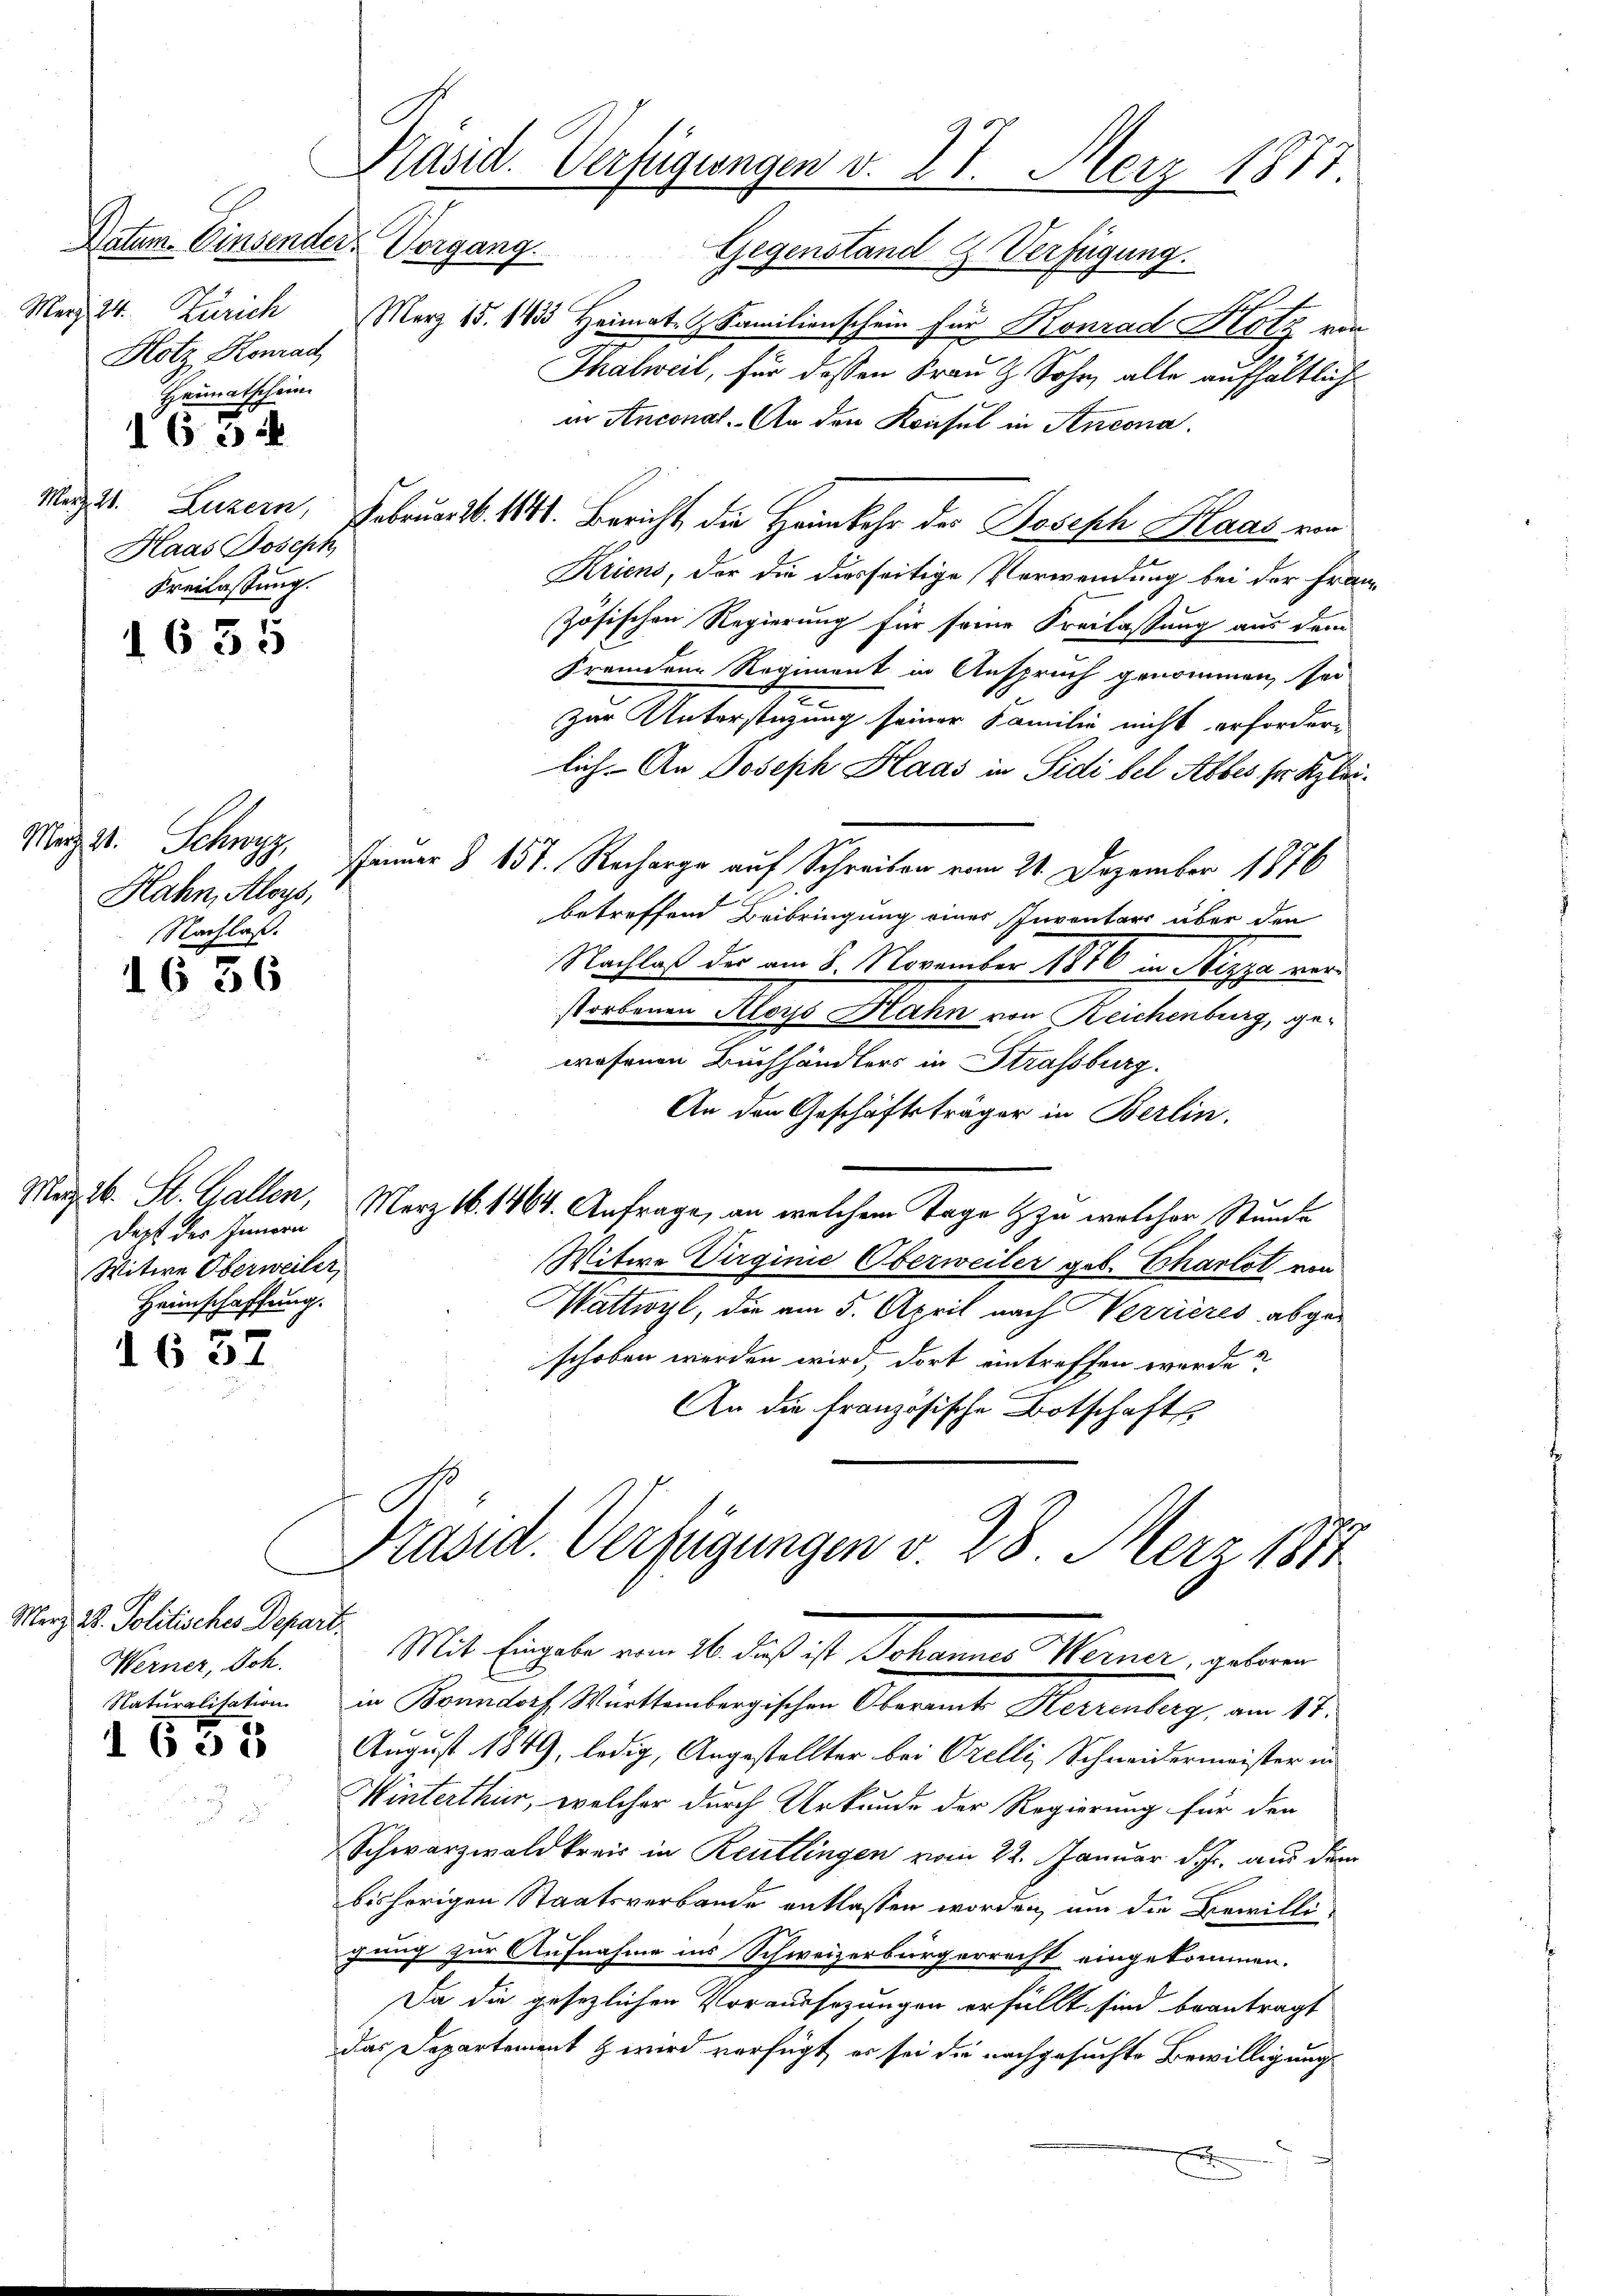
Datum Einsender Vorgang.
Merz 24. Zürich
Hotz Konrad
Heimatschein.
63
Haas Joseph
Freilassung.

1635

1637

Merz d. Politisches Depart.
Werner, Joh.

Präsid. Verfügungen d. 27. März 1877

März d. Schwyz,
Hahn, Aloys,
Nachlaß.
1636

Gegenstand & Verfügung.
März 15. 1633 Heimat. Familienschein für Konrad Hotz von
Thalweil, für dassen Frau & Sohn, alle aufhältlich
ir Anconat. An den Konsul in Incona.
Wezst. Luzern, Februar d. 1841. Bericht die Heimkehr der Joseph Haas von
Kriens, der die diesseitige Verwendung bei der Franz-
zösischen Regierung für seine Freilassung aus dem
Fremdene Regiment in Anspruch genommen, sei
zur Unterstüzung seiner Familie nicht erfordern
lich. An Joseph Haas in Sidi bel Abbes ser Klei¬
Jamar § 157. Recharge auf Schreiben vom 21. Dezember 1876
betreffend Beibringung eines Inventars über den
Nachlaß der am 8. November 1876 in Sippe vor
storbenen Aloys Rahn von Reichenburg, gewesenen Buchhändlers in Strassburg.
An den Geschäftsträger in Berlin.
Marz. 16. St. Gallen, Merz 18. 1464. Anfrage, an welchem Tage zu welcher Stunde
Witwe Virginie Oberweiler geb. Charlot von
Wattwyl, die am 5. April nach Verrieres abgeschoben werden wird, dort eintreffen werde?
An die französische Botschafts
Präsid. Verfügungen v. 28. Merz 1811

Darf des Innern
Witwe Oberweiter
Heimschaffung.

Naturalisation in Bonndorf Württembergischen Oberamt Herrenberg, am 17.
 3 August 1849, ledig, Angestellter bei Orelli, Schneidermeister in
Winterthur, welcher durch Urkunde der Regierung für den
Schwarzwald kreis in Reutlingen vom 22. Januar d. Js. aus dem
bisherigen Staatsverbande entlassen worden, um die Bewilli-
gung zur Aufnahme ins Schweizerbürgerrecht eingekommen.
Da die gesezlichen Voraussezungen erfüllt sind beantragt
das Departement & wird verfügt, er sei die nachgesuchte Bewilligung

s

Mit Eingelen vom 26. das ist Johannes Werner, gebene